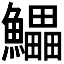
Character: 𱇄